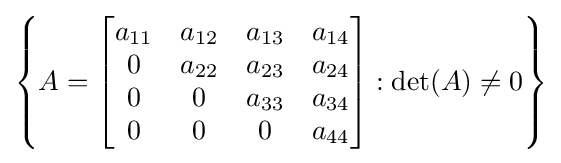
\left\{A={\begin{bmatrix}a_{11}&a_{12}&a_{13}&a_{14}\\0&a_{22}&a_{23}&a_{24}\\0&0&a_{33}&a_{34}\\0&0&0&a_{44}\end{bmatrix}}:\det(A)\neq 0\right\}